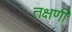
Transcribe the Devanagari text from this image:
तक्षणी